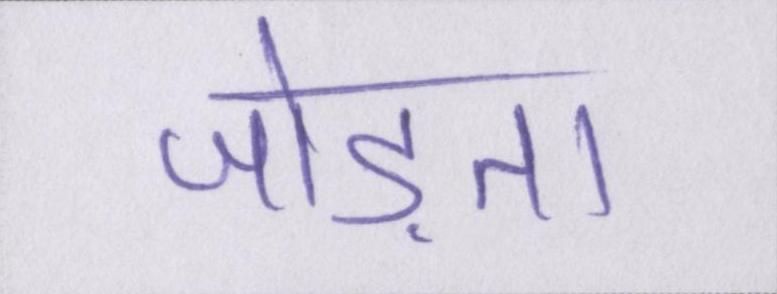
जोड़ता